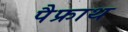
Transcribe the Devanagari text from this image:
पैफ्राथ